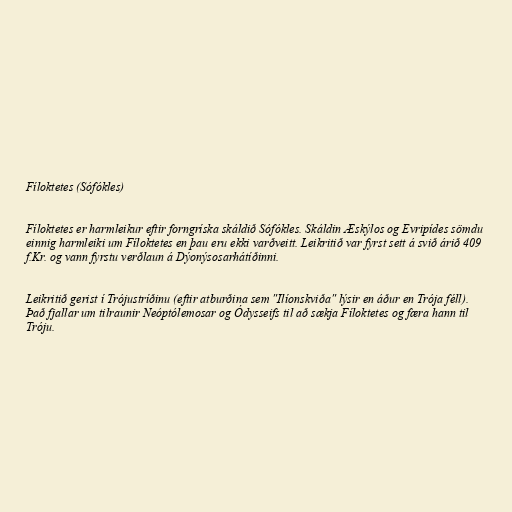
Fíloktetes (Sófókles)

Fíloktetes er harmleikur eftir forngríska skáldið Sófókles. Skáldin Æskýlos og Evripídes sömdu
einnig harmleiki um Fíloktetes en þau eru ekki varðveitt. Leikritið var fyrst sett á svið árið 409
f.Kr. og vann fyrstu verðlaun á Dýonýsosarhátíðinni.

Leikritið gerist í Trójustríðinu (eftir atburðina sem "Ilíonskviða" lýsir en áður en Trója féll).
Það fjallar um tilraunir Neóptólemosar og Ódysseifs til að sækja Fíloktetes og færa hann til
Tróju.